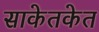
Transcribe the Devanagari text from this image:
साकेतकेत